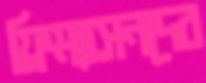
ফ্রিম্যাসনদের